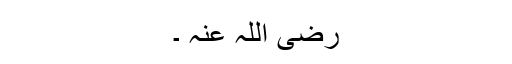
رضی اللہ عنہ ۔